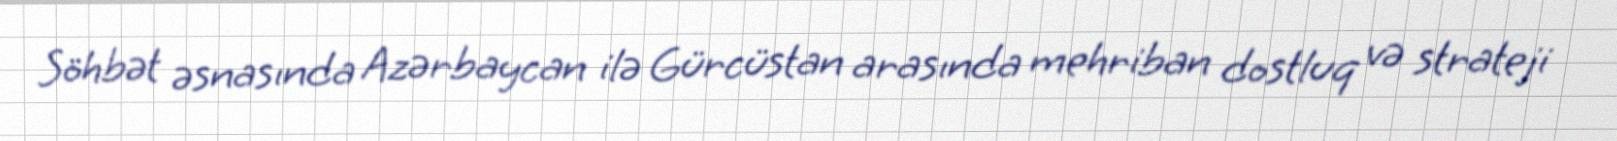
Söhbət əsnasında Azərbaycan ilə Gürcüstan arasında mehriban dostluq və strateji